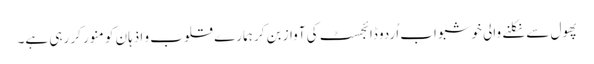
پھول سے نکلنے والی خوشبو اب اُردو ڈائجسٹ کی آواز بن کر ہمارے قلوب و اذہان کو منور کر رہی ہے۔